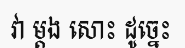
វា ម្តង សោះ ដូច្នេះ